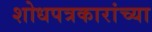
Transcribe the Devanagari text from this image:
शोधपत्रकारांच्या